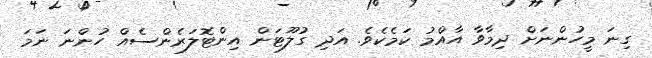
ގިނަ މީހުންނަށް ދިމާވާ އާއްމު ކަމެކެވެ. އަދި ގުލޫޓަން އިންޓޮލަރެންސެއް ހުންނަ ނަމަ